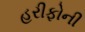
હરીફોની